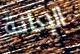
الإدانة